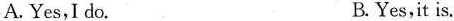
A. Yes,I do. B.Yes,it is.